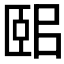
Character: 𦣤